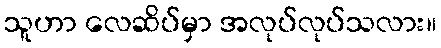
သူဟာ လေဆိပ်မှာ အလုပ်လုပ်သလား။